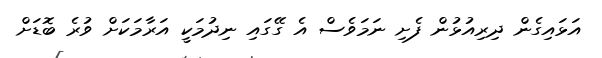
އަޅައިގެން ދިރިއުޅުން ފެށި ނަމަވެސް އެ ގޭގައި ނިދުމަކީ އަރާމަކަށް ވުރެ ބޮޑަށް